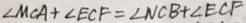
\angle M C A + \angle E C F = \angle N C B + \angle E C F